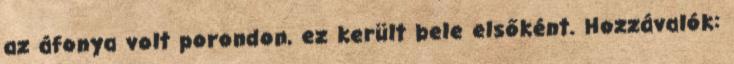
az áfonya volt porondon, ez került bele elsőként. Hozzávalók: